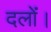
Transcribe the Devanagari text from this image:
दलों।